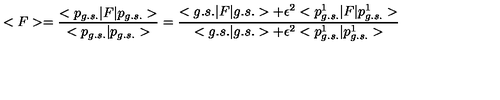
< F > = \frac { < p _ { g . s . } | F | p _ { g . s . } > } { < p _ { g . s . } | p _ { g . s . } > } = \frac { < g . s . | F | g . s . > + \epsilon ^ { 2 } < p _ { g . s . } ^ { 1 } | F | p _ { g . s . } ^ { 1 } > } { < g . s . | g . s . > + \epsilon ^ { 2 } < p _ { g . s . } ^ { 1 } | p _ { g . s . } ^ { 1 } > }